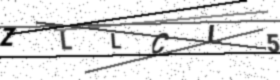
Text: ZLLCL5